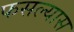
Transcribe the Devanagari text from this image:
फसल्यास